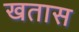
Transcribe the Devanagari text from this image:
खतास